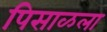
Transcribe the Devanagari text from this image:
पिसाळला